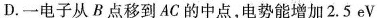
D.一电子从B点移到AC的中点，电势能增加2.5eV